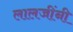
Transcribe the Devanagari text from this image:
लालजींनी